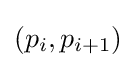
(p_{i},p_{i+1})